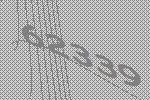
62339